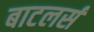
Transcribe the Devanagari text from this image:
बाटलर्स